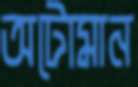
অটোমান